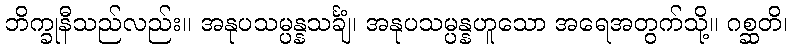
ဘိက္ခုနီသည်လည်း။ အနုပသမ္ပန္နသင်္ချံ၊ အနုပသမ္ပန္နဟူသော အရေအတွက်သို့။ ဂစ္ဆတိ၊